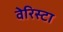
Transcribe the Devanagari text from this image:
वेरिस्टा